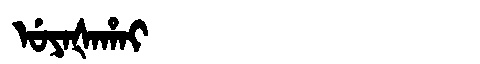
Manchu: ᡠᠶᠠᡧᠠᡥᠠᡳ
Romanization: UYAŠAHAI